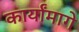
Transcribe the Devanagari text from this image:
कार्यांमागे